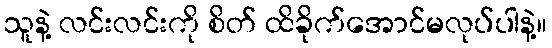
သူနဲ့ လင်းလင်းကို စိတ် ထိခိုက်အောင်မလုပ်ပါနဲ့။